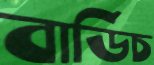
বার্ডিচ